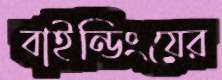
বাইন্ডিংয়ের